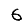
Digit: 6